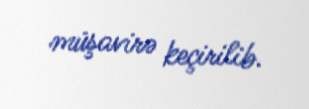
müşavirə keçirilib.